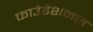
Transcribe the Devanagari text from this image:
फाउंडेशनस